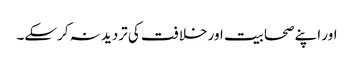
اور اپنے صحابیت اور خلافت کی تردید نہ کرسکے۔